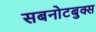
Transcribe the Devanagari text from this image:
सबनोटबुक्स